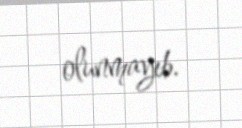
olunmayıb.